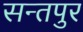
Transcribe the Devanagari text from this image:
सन्तपुर